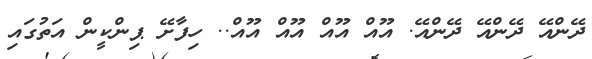
ދޭންއޭ ދޭންއޭ ދޭންއޭ. އޫއް އޫއް އޫއް އޫއް.. ހިފާށޭ ޕިންކީން އަތުގައި